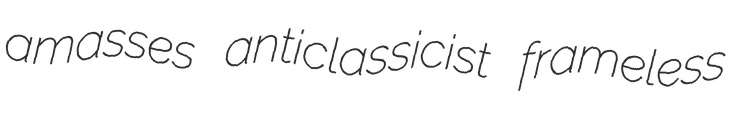
amasses anticlassicist frameless